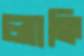
লাক্কি